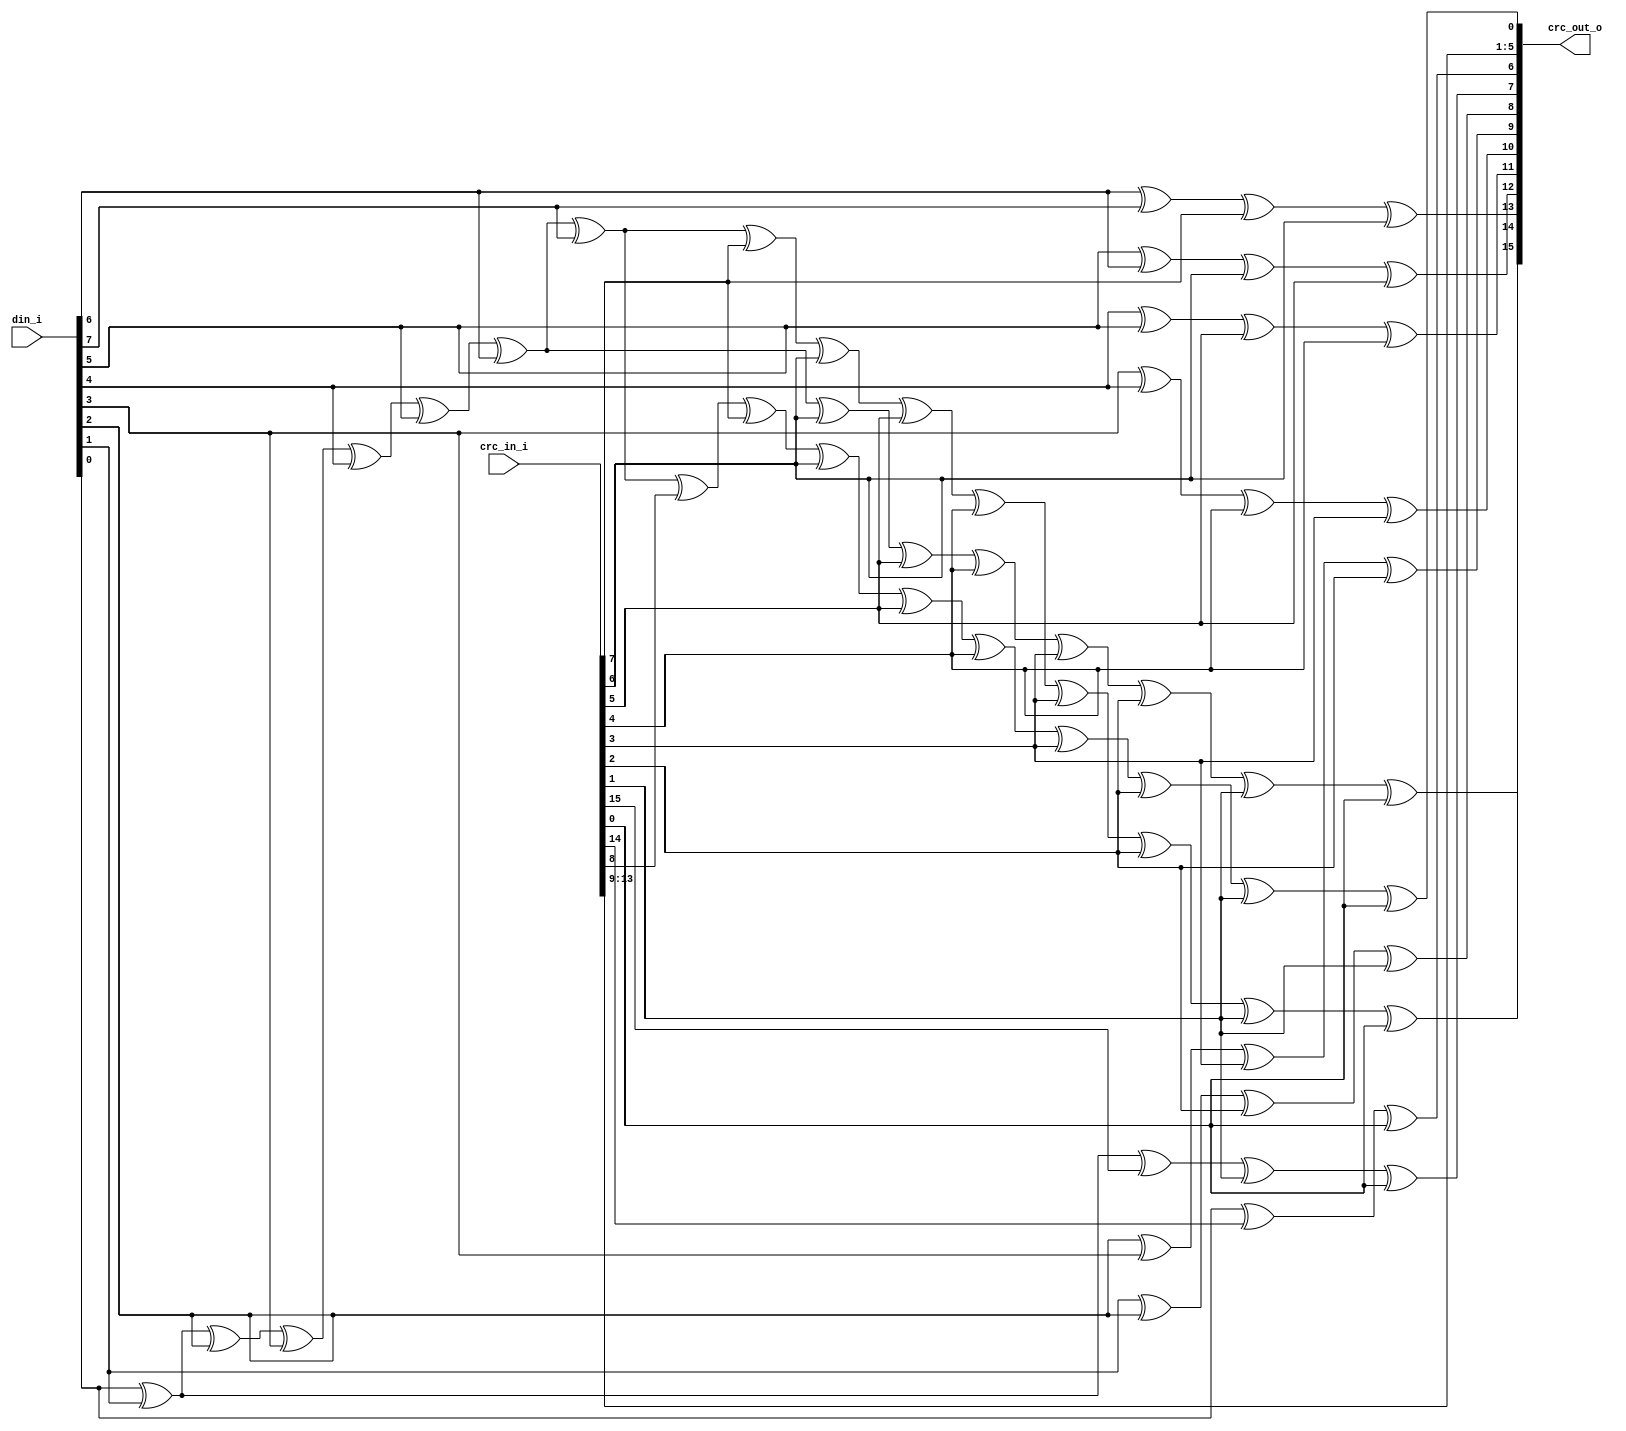
module usbf_crc16
(
     input  [ 15:0]  crc_in_i
    ,input  [  7:0]  din_i
    ,output [ 15:0]  crc_out_o
);
assign crc_out_o[15] =    din_i[0] ^ din_i[1] ^ din_i[2] ^ din_i[3] ^ din_i[4] ^ din_i[5] ^ din_i[6] ^ din_i[7] ^ 
                        crc_in_i[7] ^ crc_in_i[6] ^ crc_in_i[5] ^ crc_in_i[4] ^ crc_in_i[3] ^ crc_in_i[2] ^ crc_in_i[1] ^ crc_in_i[0];
assign crc_out_o[14] =    din_i[0] ^ din_i[1] ^ din_i[2] ^ din_i[3] ^ din_i[4] ^ din_i[5] ^ din_i[6] ^
                        crc_in_i[6] ^ crc_in_i[5] ^ crc_in_i[4] ^ crc_in_i[3] ^ crc_in_i[2] ^ crc_in_i[1] ^ crc_in_i[0];
assign crc_out_o[13] =    din_i[6] ^ din_i[7] ^ 
                        crc_in_i[7] ^ crc_in_i[6];
assign crc_out_o[12] =    din_i[5] ^ din_i[6] ^ 
                        crc_in_i[6] ^ crc_in_i[5];
assign crc_out_o[11] =    din_i[4] ^ din_i[5] ^ 
                        crc_in_i[5] ^ crc_in_i[4];
assign crc_out_o[10] =    din_i[3] ^ din_i[4] ^ 
                        crc_in_i[4] ^ crc_in_i[3];
assign crc_out_o[9] =     din_i[2] ^ din_i[3] ^ 
                        crc_in_i[3] ^ crc_in_i[2];
assign crc_out_o[8] =     din_i[1] ^ din_i[2] ^ 
                        crc_in_i[2] ^ crc_in_i[1];
assign crc_out_o[7] =     din_i[0] ^ din_i[1] ^ 
                        crc_in_i[15] ^ crc_in_i[1] ^ crc_in_i[0];
assign crc_out_o[6] =     din_i[0] ^ 
                        crc_in_i[14] ^ crc_in_i[0];
assign crc_out_o[5] =     crc_in_i[13];
assign crc_out_o[4] =     crc_in_i[12];
assign crc_out_o[3] =     crc_in_i[11];
assign crc_out_o[2] =     crc_in_i[10];
assign crc_out_o[1] =     crc_in_i[9];
assign crc_out_o[0] =     din_i[0] ^ din_i[1] ^ din_i[2] ^ din_i[3] ^ din_i[4] ^ din_i[5] ^ din_i[6] ^ din_i[7] ^
                        crc_in_i[8] ^ crc_in_i[7] ^ crc_in_i[6] ^ crc_in_i[5] ^ crc_in_i[4] ^ crc_in_i[3] ^ crc_in_i[2] ^ crc_in_i[1] ^ crc_in_i[0];
endmodule